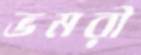
ভমরী